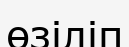
өзіліп